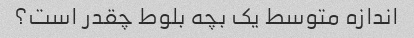
اندازه متوسط یک بچه بلوط چقدر است؟